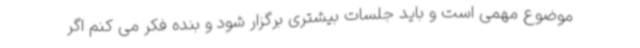
موضوع مهمی است و باید جلسات بیشتری برگزار شود و بنده فکر می کنم اگر